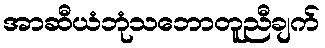
အာဆီယံဘုံသဘောတူညီချက်